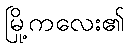
မြို့ကလေး၏